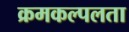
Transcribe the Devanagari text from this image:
क्रमकल्पलता